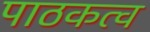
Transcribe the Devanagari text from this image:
पाठकत्व